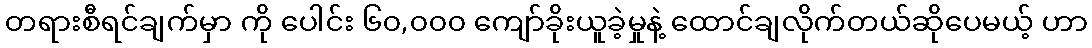
တရားစီရင်ချက်မှာ ကို ပေါင်း ၆၀,၀၀၀ ကျော်ခိုးယူခဲ့မှုနဲ့ ထောင်ချလိုက်တယ်ဆိုပေမယ့် ဟာ